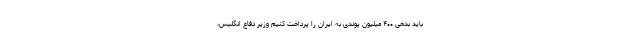
باید بدهی ۴۰۰ میلیون پوندی به ایران را پرداخت کنیم وزیر دفاع انگلیس،